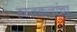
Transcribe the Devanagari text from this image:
हस्तकलांचा